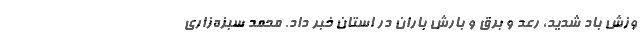
وزش باد شدید، رعد و برق و بارش باران در استان خبر داد. محمد سبزه‌زاری